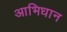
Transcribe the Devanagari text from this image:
आभिधान